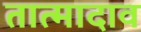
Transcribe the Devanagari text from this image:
तात्मादाव